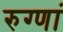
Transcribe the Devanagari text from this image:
रुग्णां